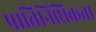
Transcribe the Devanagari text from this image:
प्रातिनिधिकता